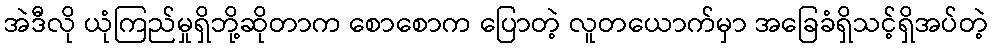
အဲဒီလို ယုံကြည်မှုရှိဘို့ဆိုတာက စောစောက ပြောတဲ့ လူတယောက်မှာ အခြေခံရှိသင့်ရှိအပ်တဲ့